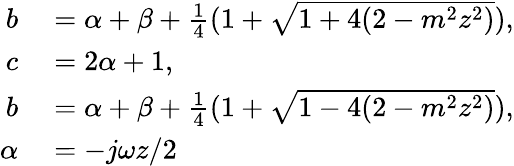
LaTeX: \begin{array}{rl}{b}&{{}=\alpha+\beta+\frac{1}{4}(1+\sqrt{1+4(2-m^{2}z^{2})}),}\\ {c}&{{}=2\alpha+1,}\\ {b}&{{}=\alpha+\beta+\frac{1}{4}(1+\sqrt{1-4(2-m^{2}z^{2})}),}\\ {\alpha}&{{}=-j\omega z/2}\end{array}